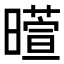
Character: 𬁙